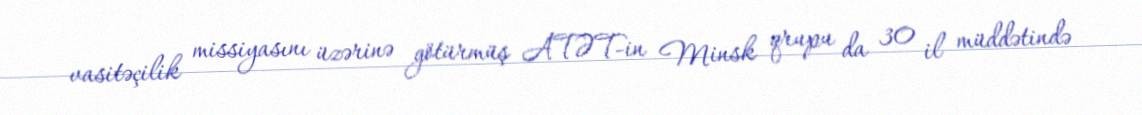
vasitəçilik missiyasını üzərinə götürmüş ATƏT-in Minsk qrupu da 30 il müddətində